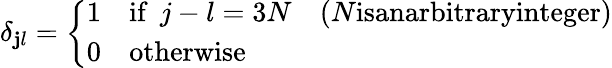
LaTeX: \delta_{\mathbf{j}l}=\left\{ \begin{array}{llll}{{1}}&{{\textrm{if}\, \, \, j-l=3N}}&{{(N\textrm{isanarbitraryinteger})}}\\ {{0}}&{{\textrm{otherwise}}}&{{}}\end{array}\right.